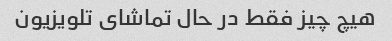
هیچ چیز فقط در حال تماشای تلویزیون